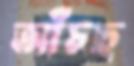
আঁচছ